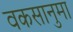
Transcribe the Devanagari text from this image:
वकसानुमा